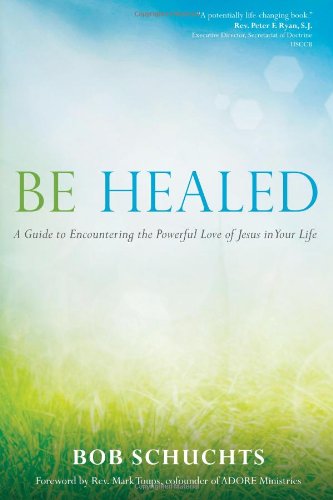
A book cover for Be Healed: A Guide to Encountering the Powerful Love of Jesus in Your Life; Bob Schuchts; Christian Books & Bibles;